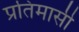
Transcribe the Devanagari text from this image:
प्रतिमासी